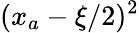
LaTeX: (x_{a}-\xi/2)^{2}